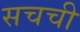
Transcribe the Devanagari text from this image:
सचची